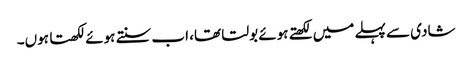
شادی سے پہلے میں‌ لکھتے ہوئے بولتا تھا، اب سنتے ہوئے لکھتا ہوں‌۔